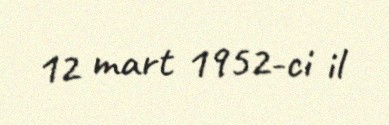
12 mart 1952-ci il